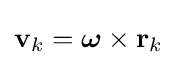
\mathbf {v} _{k}={\boldsymbol {\omega }}\times \mathbf {r} _{k}